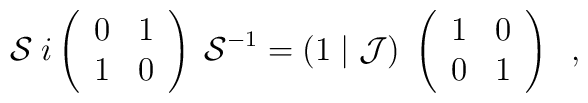
{\cal S} \; i\left( \begin{array}{cc} 0 & 1\\1 & 0\end{array} \right) \; {\cal S}^{-1} = (1 \; \vert \; {\cal J}) \;\left( \begin{array}{cc} 1 & 0\\0 & 1\end{array} \right) \; \; ,